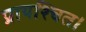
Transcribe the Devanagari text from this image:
प्रायश्चित।